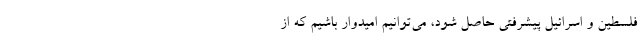
فلسطین و اسرائیل پیشرفتی حاصل شود، می‌توانیم امیدوار باشیم که از